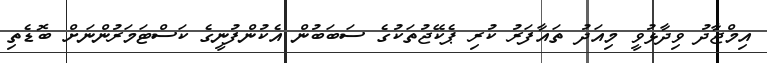
އިމްޖާދު ވިދާޅުވީ މިއަދު ތައާފަރު ކުރި ޕެކޭޖުތަކުގެ ސަބަބުން އެކުންފުނީގެ ކަސްޓަމަރުންނަށް ބޮޑެތި